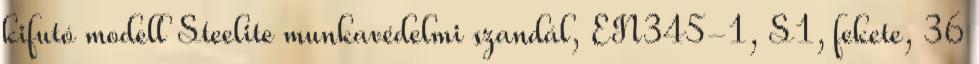
kifutó modell Steelite munkavédelmi szandál, EN345-1, S1, fekete, 36